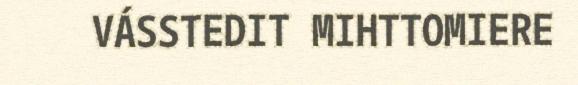
VÁSSTEDIT MIHTTOMIERE